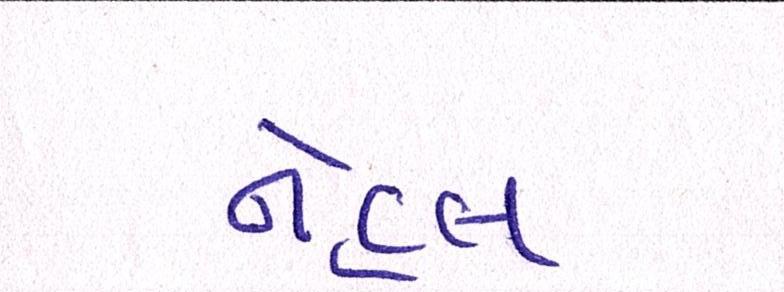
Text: નેહલ